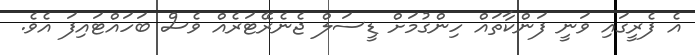
އެ ފެރީގައި ވަނީ ފަންކާތައް ހިންގުމަށް ޑީސަލް ޖެނެރޭޓަރެއް ވެސް ބަހައްޓައިފަ އެވެ.